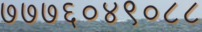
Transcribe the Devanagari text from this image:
७७७६०४९०८८